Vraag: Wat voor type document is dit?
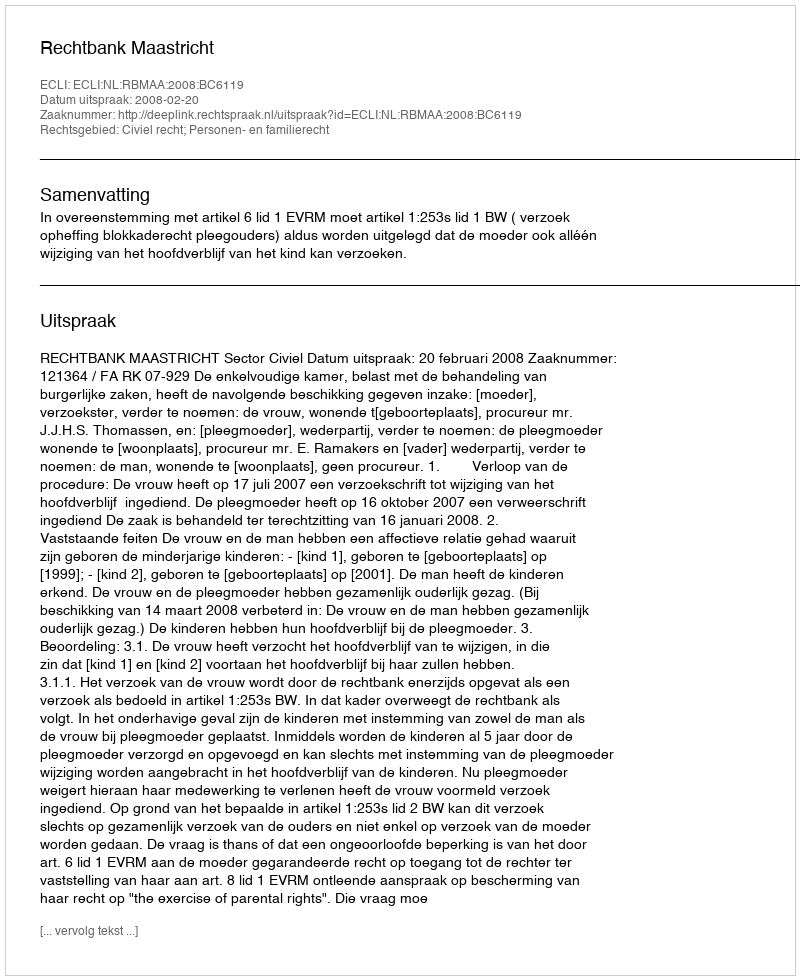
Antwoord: Uitspraak